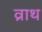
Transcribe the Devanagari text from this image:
व्राथ